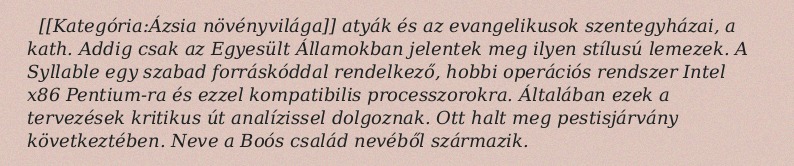
[[Kategória:Ázsia növényvilága]] atyák és az evangelikusok szentegyházai, a kath. Addig csak az Egyesült Államokban jelentek meg ilyen stílusú lemezek. A Syllable egy szabad forráskóddal rendelkező, hobbi operációs rendszer Intel x86 Pentium-ra és ezzel kompatibilis processzorokra. Általában ezek a tervezések kritikus út analízissel dolgoznak. Ott halt meg pestisjárvány következtében. Neve a Boós család nevéből származik.